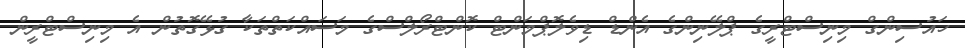
ހައުސިންގް މިނިސްޓްރީގެ ޕްލޭނިންގެ އެންޑް ޑިވެލޮޕްމަންޓް ކޮންޓްރޯލްސްގެ މަސައްކަތްތަކާ ގުޅޭގޮތުން އެ މިނިސްޓްރީން